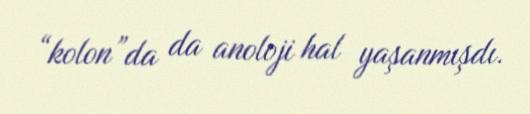
“kolon”da da anoloji hal yaşanmışdı.